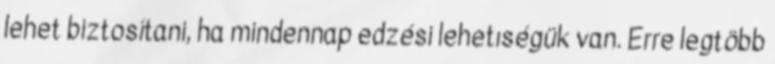
lehet biztosítani, ha mindennap edzési lehetıségük van. Erre legtöbb